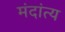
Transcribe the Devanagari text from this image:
मंदांत्य